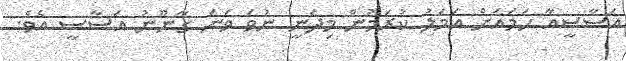
އަސާސީއާ ހަމައަށް އަމަލު ކުރަމުން މިދަނީ ނުވަ ވަނަ ގާނޫނު އަސާސީ އެވެ.